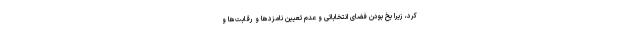
کرد، زیرا یخ بودن فضای انتخاباتی و عدم تعیین نامزدها و رقابت‌ها و